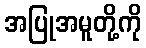
အပြုအမူတို့ကို